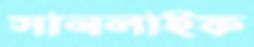
সানলাইফ